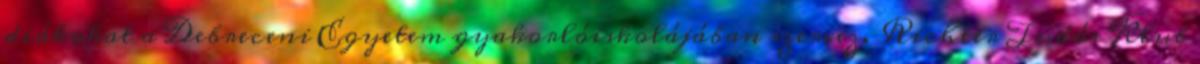
diákokat a Debreceni Egyetem gyakorlóiskolájában szervez. Richter Tudós Klub